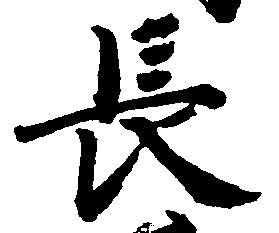
長